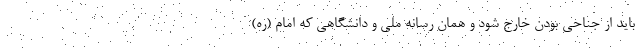
باید از جناحی بودن خارج شود و همان رسانه ملی و دانشگاهی که امام (ره)